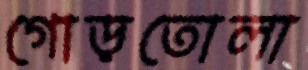
গোড়তোলা